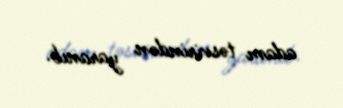
adam təsvirindən yaranıb.